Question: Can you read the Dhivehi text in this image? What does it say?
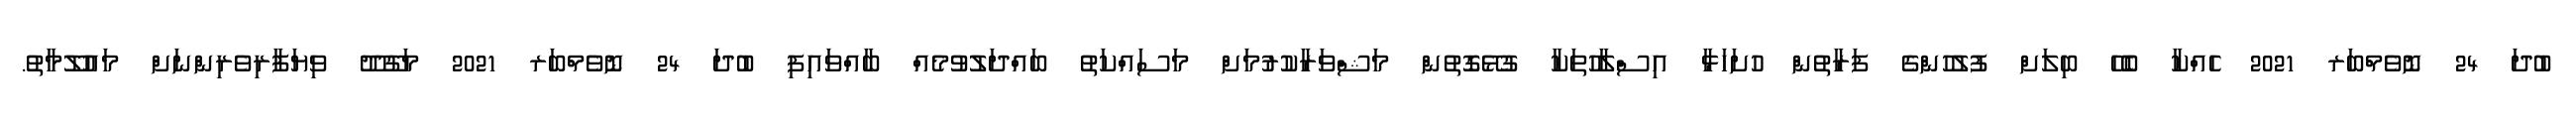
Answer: ބުދަ 24 ނޮވެމްބަރ 2021 ހެއްކާ ބެހޭ ބިލަށް ފުލުހުންގެ ފަރާތުން ހުށަހަޅާ އިސްލާހުތަކާ ގުޅޭގޮތުން މަޝްވަރާކުރުމަށް މަސައްކަތު ބައްދަލުވުމެއް ބާއްވައިފި ބުދަ 24 ނޮވެމްބަރ 2021 މަގޫދޫ ވިޔަފާރިވެރިންނަށް މައުލޫމާތު.